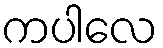
ကပါလေ